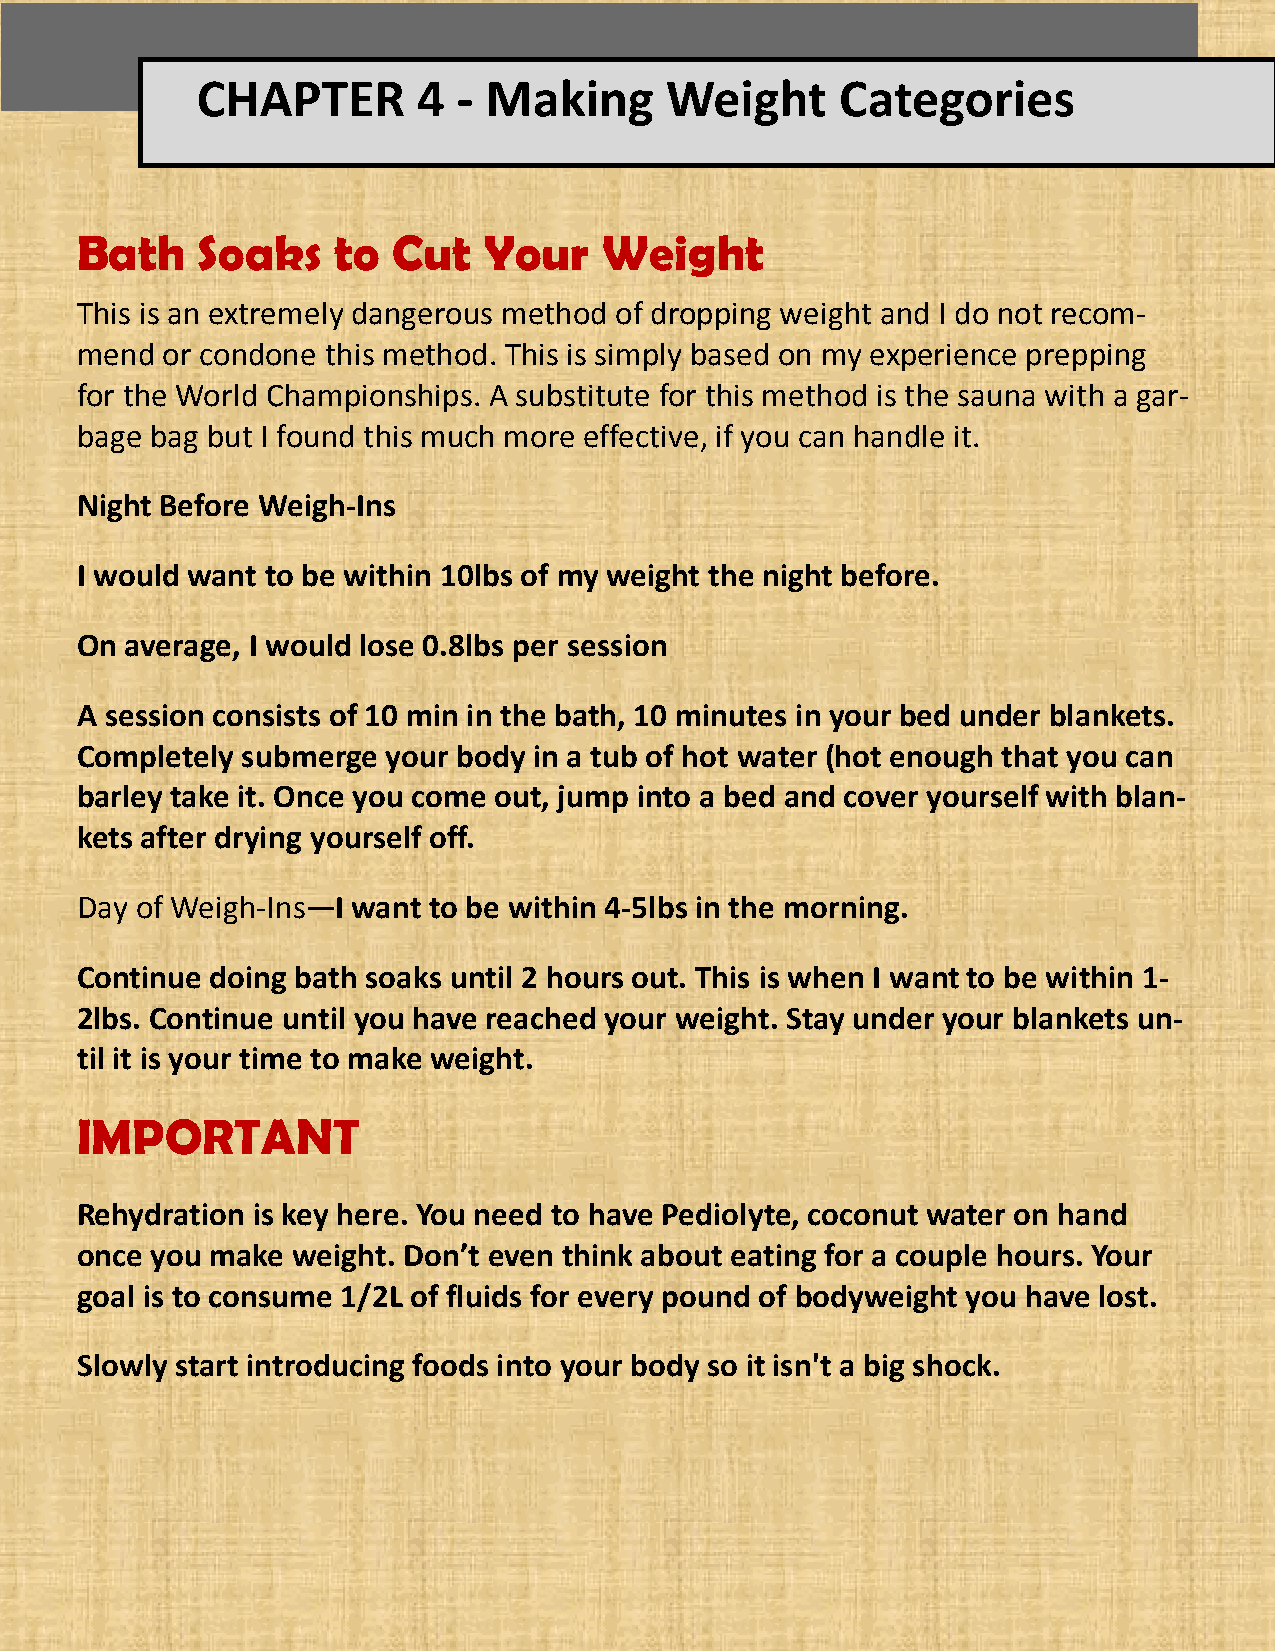
CHAPTER        4 - Making      Weight      Categories
 Bath    Soaks    to  Cut   Your    Weight
 This is an extremely dangerous method of dropping weight and I do not recom-
 mend  or condone this method. This is simply based on my experience prepping
 for the World Championships. A substitute for this method is the sauna with a gar-
 bage bag but I found this much more effective, if you can handle it.
 Night Before Weigh-Ins
 I would want to be within 10lbs of my weight the night before.
 On average, I would lose 0.8lbs per session
 A session consists of 10 min in the bath, 10 minutes in your bed under blankets.
 Completely submerge  your body in a tub of hot water (hot enough that you can
 barley take it. Once you come out, jump into a bed and cover yourself with blan-
 kets after drying yourself off.
 Day of Weigh-Ins—I want to be within 4-5lbs in the morning.
 Continue doing bath soaks until 2 hours out. This is when I want to be within 1-
 2lbs. Continue until you have reached your weight. Stay under your blankets un-
 til it is your time to make weight.
 IMPORTANT
 Rehydration is key here. You need to have Pediolyte, coconut water on hand
 once you make weight. Don’t even think about eating for a couple hours. Your
 goal is to consume 1/2L of fluids for every pound of bodyweight you have lost.
 Slowly start introducing foods into your body so it isn't a big shock.